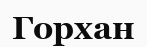
Горхан